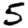
Digit: 5